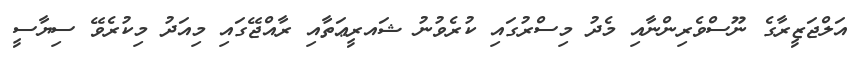
އަލްޖަޒީރާގެ ނޫސްވެރިންނާއި މެދު މިސްރުގައި ކުރެވުނު ޝައރީޢަތާއި ރާއްޖޭގައި މިއަދު މިކުރެވޭ ސިޔާސީ